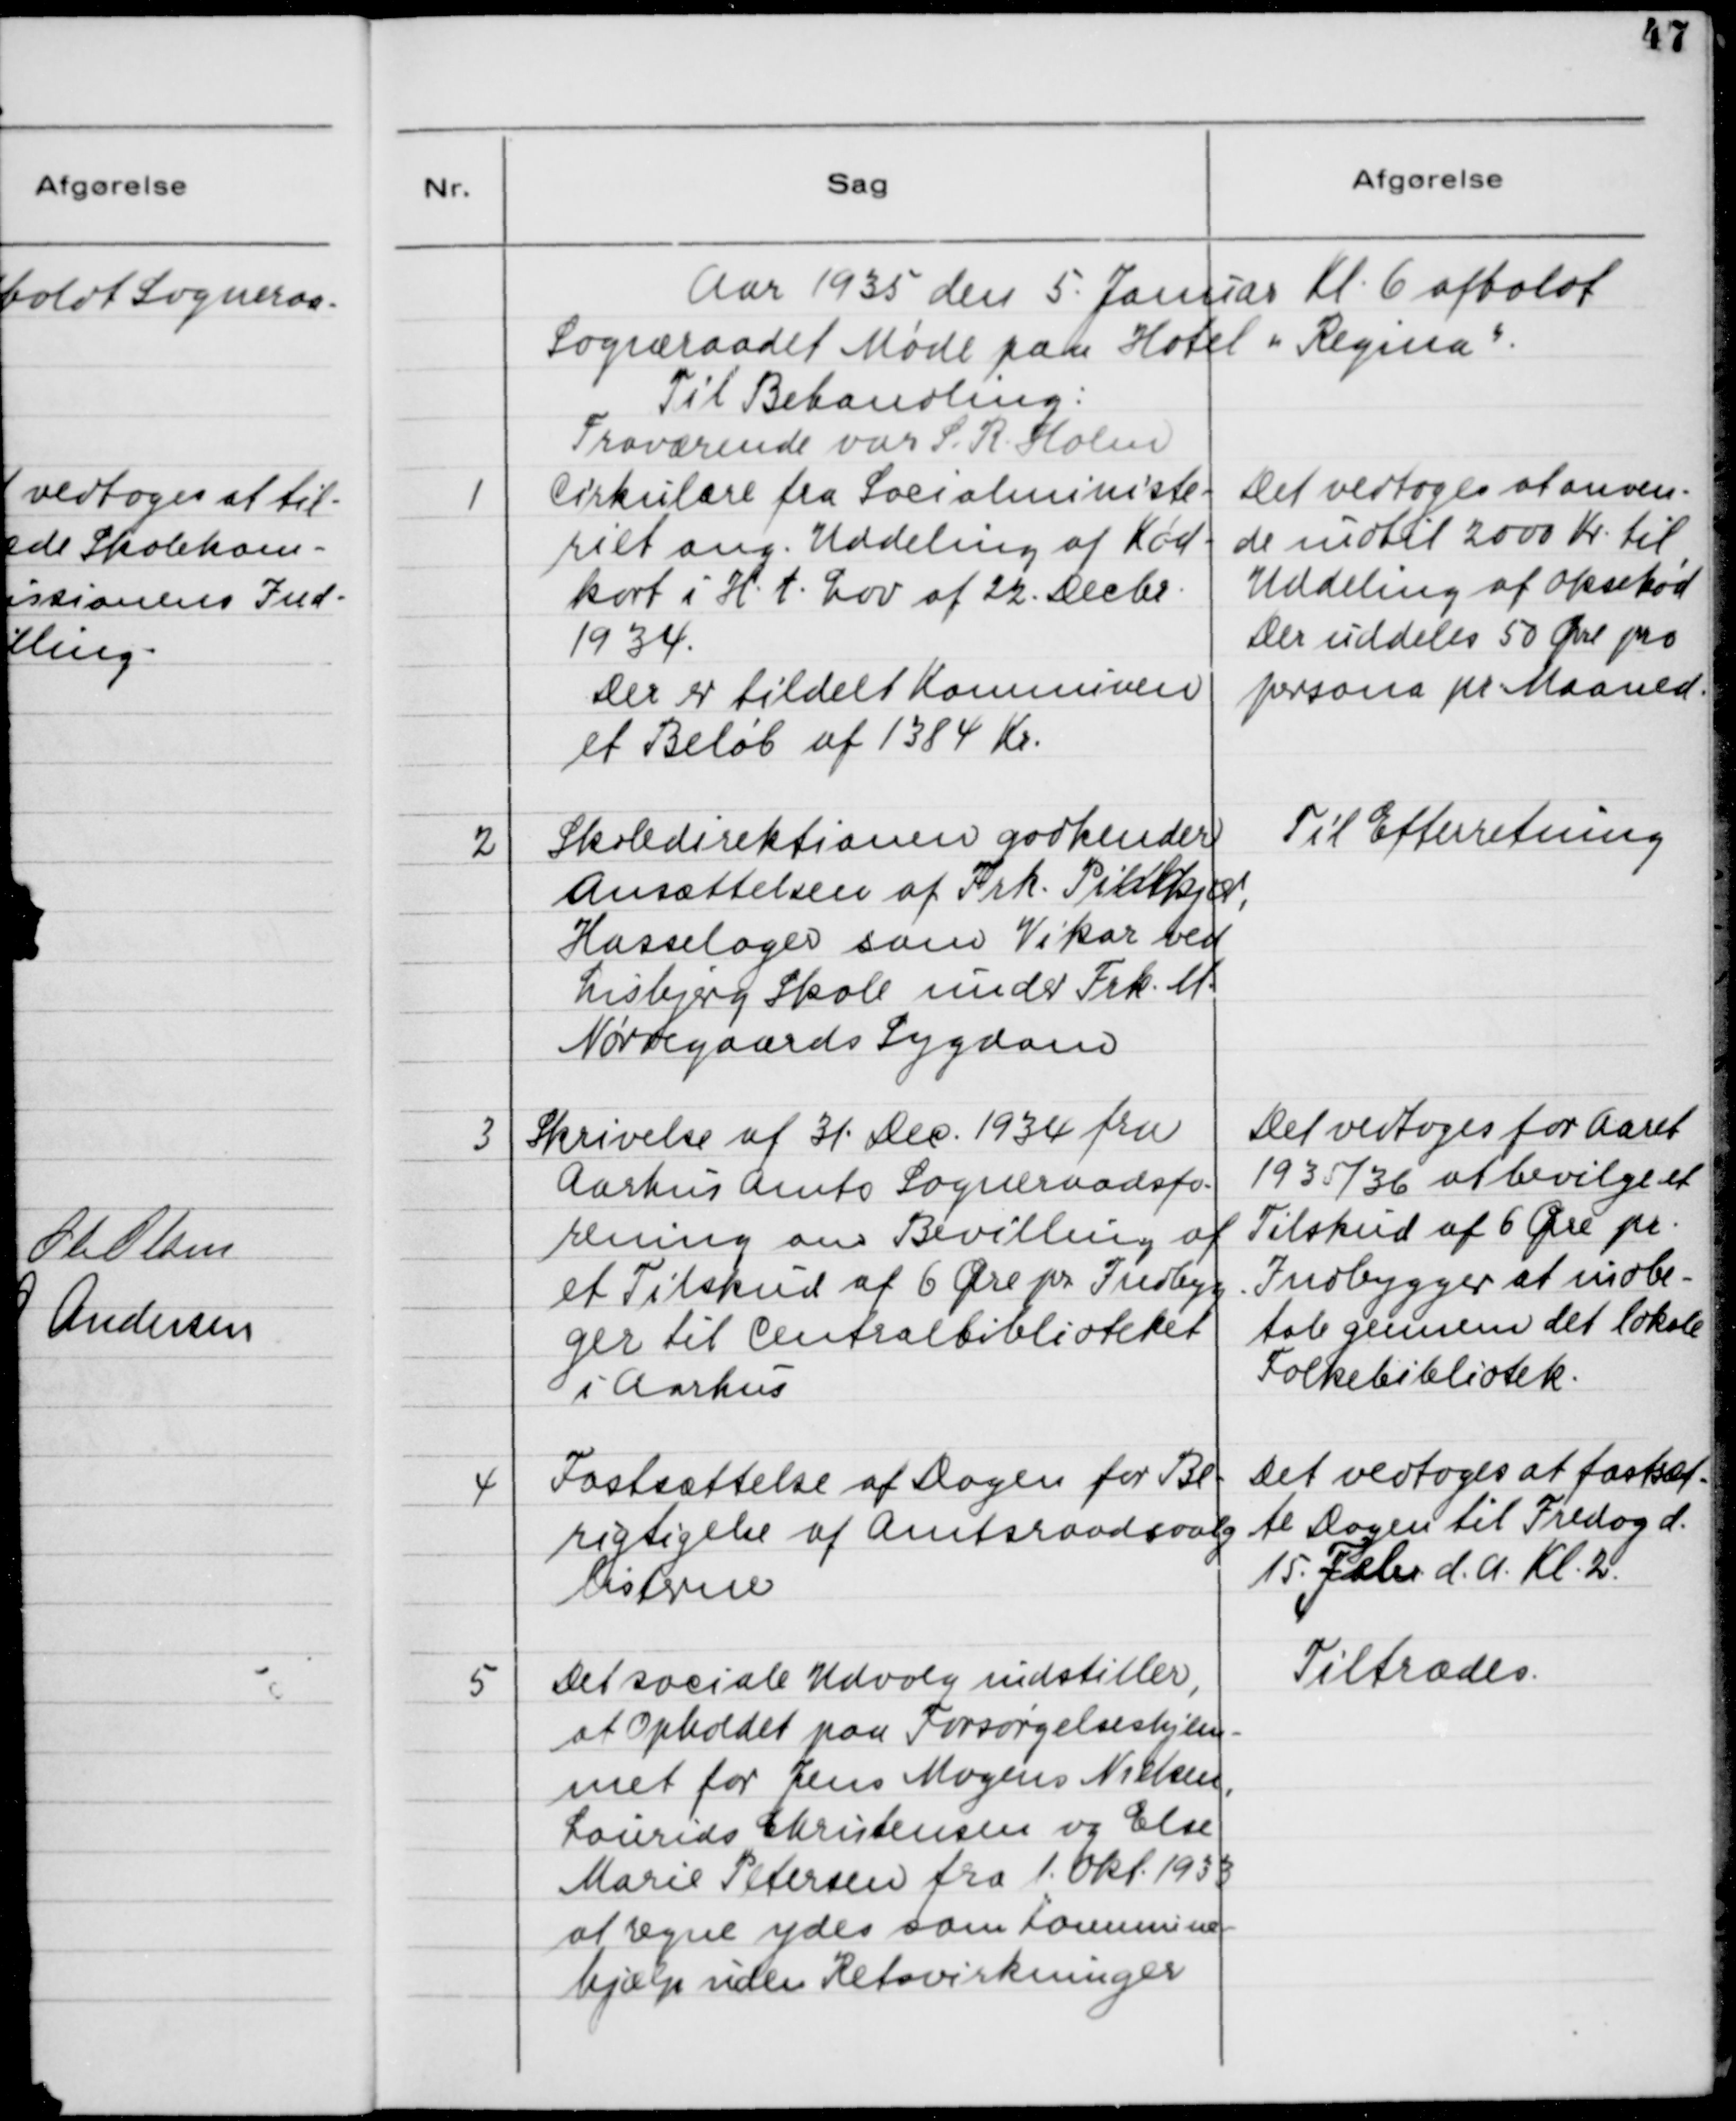
Transskription:
Aar 1935 den 5. Januar Kl. 6 afholdt
Sogneraadet Møde paa Hotel "Regina".
Til Behandling:
Fraværende var S. R. Holm

1

Cirkulære fra Socialministe-
riet ang. Uddeling af Kød-
kort i H.t. Lov af 22. Decbr.
1934
Der er tildelt Kommunen
et Beløb af 1384 Kr.

Det vedtoges at anven-
de indtil 2000 Kr. til
Uddeling af Oksekød.
Der uddeles 50 Øre pr.
person pr. Maaned.

2

Skoledirektionen godkender
Ansættelsen af Frk. Pihlkjær,
Hasselager som Vikar ved
Lisbjerg Skole under Frk. M.
Nørregaards Sygdom

Til Efterretning

3

Skrivelse af 31. Dec. 1934 fra
Aarhus Amts Sogneraadsfo-
rening ang. Bevilling af
et Tilskud af 6 Øre pr. Indbyg-
ger til Centralbiblioteket
i Aarhus.

Det vedtoges for Aaret
1935/36 at bevilge et
Tilskud af 6 Øre pr.
Indbygger at indbe-
tale gennem det lokale
Folkebibliotek.

4

Fastsættelse af Dagen for Be-
rigtigelse af Amtsraadsvalg 
Listerne

Det vedtoges at fastsæt-
te Dagen til Fredag d.
15. Febr. d.A. Kl. 2

5

Det sociale Udvalg indstiller,
at Ophold paa Forsørgelseshjem-
met for Jens Mogens Nielsen,
Laurids Christensen og Else
Marie Petersen fra 1. Okt. 1933
at regne ydes som Kommune-
hjælp uden Retsvirkninger.

Tiltrædes